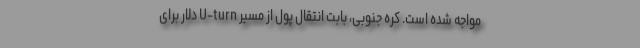
مواجه شده است. کره جنوبی، بابت انتقال پول از مسیر U-turn دلار برای